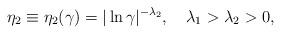
LaTeX: \begin{align*}\eta_2\equiv\eta_2(\gamma)=|\ln\gamma|^{-\lambda_{2}},\quad\lambda_{1}>\lambda_{2}>0,\end{align*}